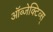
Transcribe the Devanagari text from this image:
ऑब्जेक्टिव्स्